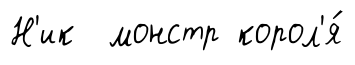
Н'ик монстр корол'я́